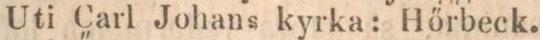
Uti Carl Johans kyrka: Hőrbeck.